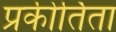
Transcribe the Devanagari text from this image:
प्रकीर्तिता